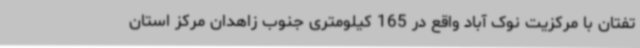
تفتان با مرکزیت نوک آباد واقع در 165 کیلومتری جنوب زاهدان مرکز استان